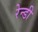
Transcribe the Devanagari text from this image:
रेन्डी